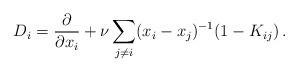
LaTeX: \begin{align*}D_i =\frac{\partial }{\partial x_i}+\nu \sum_{j\neq i}(x_i -x_j)^{-1}(1-K_{ij})\,.\end{align*}